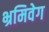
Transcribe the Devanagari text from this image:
भ्रमिवेग